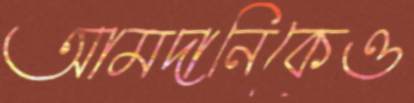
আমদানিকেও